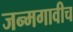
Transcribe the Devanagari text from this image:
जन्मगावीच